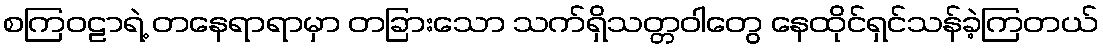
စကြဝဠာရဲ့ တနေရာရာမှာ တခြားသော သက်ရှိသတ္တဝါတွေ နေထိုင်ရှင်သန်ခဲ့ကြတယ်